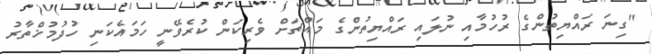
"ގިނަ ރައްޔިތުންގެ ރުހުމާއި ނުލައި ރައްޔިތުންގެ މައްޗަށް ވެރިކަން ކުރެވޭނީ ހަމައެކަނި ހުދުމުޚްތާރު